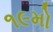
૧૯મો